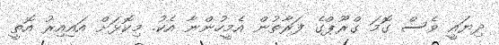
ދިޔައީ ވެސް ގޮމަ ގްރޫޕްގެ ފަރާތުން އެމީހުންނާ އެކު. މިކޮޅަށް އައިއިރު އޮތީ